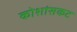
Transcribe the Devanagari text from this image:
कोशांसकट